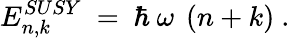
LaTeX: E_{n,k}^{SUSY}~=~\hbar~\omega~\left(n+k\right)~.